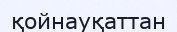
қойнауқаттан